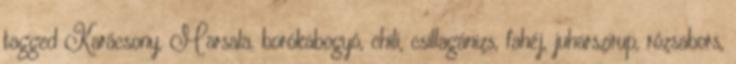
tagged Karácsony, Marsala, borókabogyó, chili, csillagánizs, fahéj, juharszirup, rózsabors,